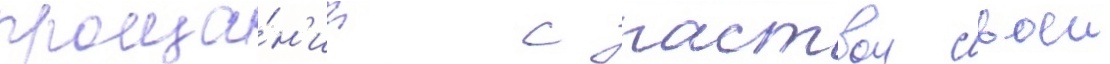
проща́н'ии с паствои своеи